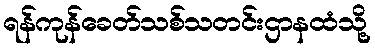
ရန်ကုန်ခေတ်သစ်သတင်းဌာနထံသို့